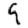
Digit: 9